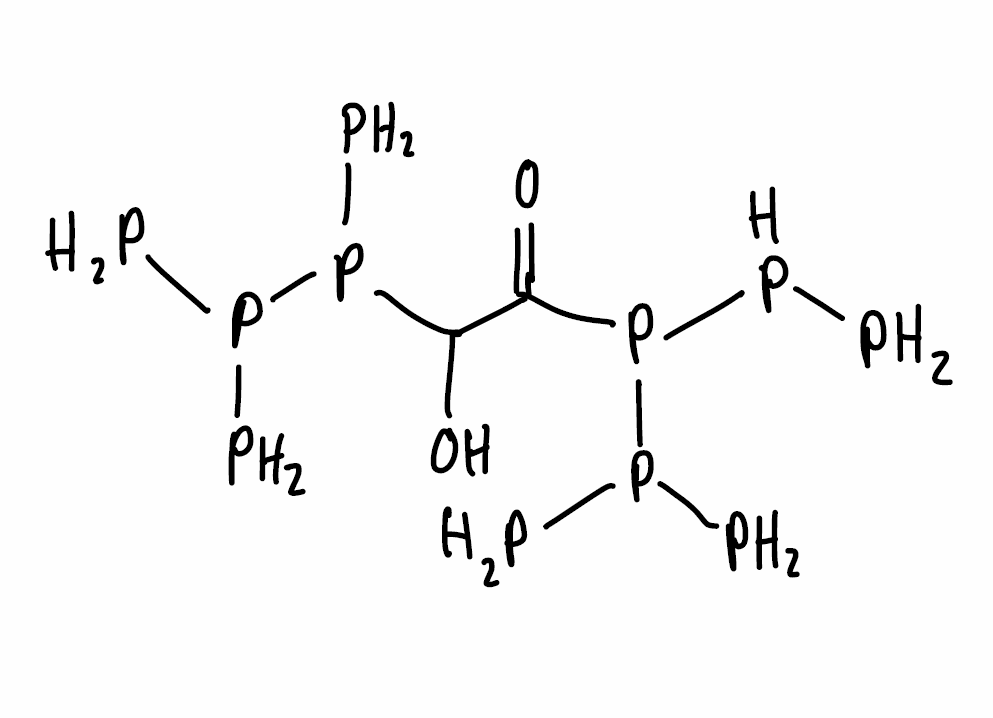
Simplified molecular-input line-entry system (SMILES) notation of the given molecule:
C(C(=O)P(PP)P(P)P)(O)P(P)P(P)P